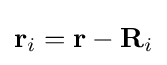
{{\bf {r}}_{i}}={\bf {r}}-{{\bf {R}}_{i}}